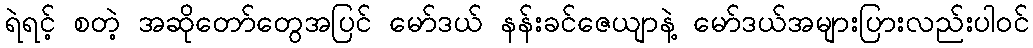
ရဲရင့် စတဲ့ အဆိုတော်တွေအပြင် မော်ဒယ် နန်းခင်ဇေယျာနဲ့ မော်ဒယ်အများပြားလည်းပါဝင်